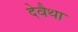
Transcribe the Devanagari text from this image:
देवैथा